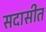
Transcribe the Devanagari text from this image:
सदासीत